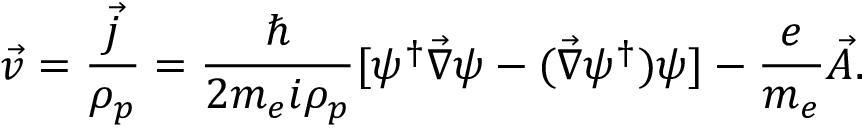
\vec { v } = \frac { \vec { j } } { \rho _ { p } } = \frac { \hbar } { 2 m _ { e } i \rho _ { p } } [ \psi ^ { \dagger } \vec { \nabla } \psi - ( \vec { \nabla } \psi ^ { \dagger } ) \psi ] - \frac { e } { m _ { e } } \vec { A } .